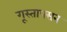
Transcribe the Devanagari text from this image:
गूस्ताफ्सन